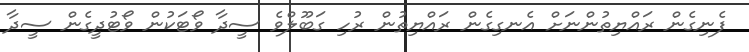
ފެނިގެން ރައްޔިތުންނަށް އެނގިގެން ރައްޔިތުން ރުހި ގަބޫލްވެ ސީދާ ވޯޓަކުން ވޯޓުދީގެން ސީދާ